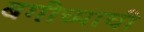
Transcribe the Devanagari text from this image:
बगीच्याची